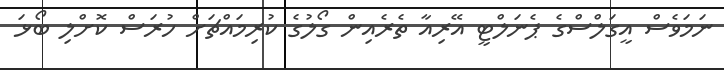
ނަމަވެސް އީގަލްސްގެ ޕެނަލްޓީ އޭރިއާ ތެރެއިން ގޯލުގެ ކުރިމައްޗަށް ހުރަސް ކޮށްލި ބޯޅަ